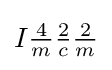
I{\tfrac {4}{m}}{\tfrac {2}{c}}{\tfrac {2}{m}}